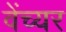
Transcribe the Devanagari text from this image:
वेंच्यर